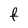
Character: f